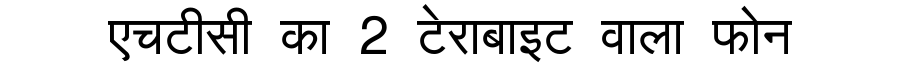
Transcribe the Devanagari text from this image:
एचटीसी का 2 टेराबाइट वाला फोन